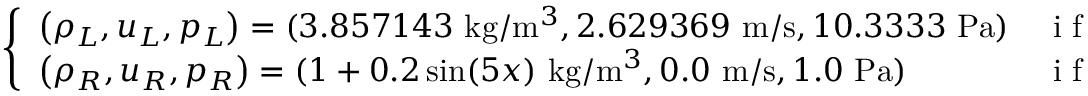
\left\{ \begin{array} { l l l } { \left( \rho _ { L } , u _ { L } , p _ { L } \right) = ( 3 . 8 5 7 1 4 3 \mathrm { ~ k g } / \mathrm { m } ^ { 3 } , 2 . 6 2 9 3 6 9 \mathrm { ~ m } / \mathrm { s } , 1 0 . 3 3 3 3 \mathrm { ~ P a } ) } & { \mathrm { ~ i ~ f ~ } } & { x < 1 \mathrm { ~ m } , } \\ { \left( \rho _ { R } , u _ { R } , p _ { R } \right) = ( 1 + 0 . 2 \sin ( 5 x ) \mathrm { ~ k g } / \mathrm { m } ^ { 3 } , 0 . 0 \mathrm { ~ m } / \mathrm { s } , 1 . 0 \mathrm { ~ P a } ) } & { \mathrm { ~ i ~ f ~ } } & { x \geq 1 \mathrm { ~ m } } \end{array} \right.